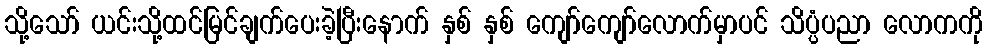
သို့သော် ယင်းသို့ထင်မြင်ချက်ပေးခဲ့ပြီးနောက် နှစ် နှစ် ကျော်ကျော်လောက်မှာပင် သိပ္ပံပညာ လောကကို